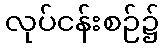
လုပ်ငန်းစဉ်၌